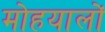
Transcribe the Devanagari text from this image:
मोहयालों